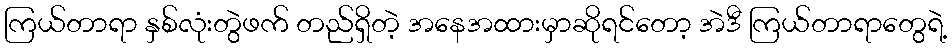
ကြယ်တာရာ နှစ်လုံးတွဲဖက် တည်ရှိတဲ့ အနေအထားမှာဆိုရင်တော့ အဲဒီ ကြယ်တာရာတွေရဲ့